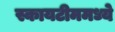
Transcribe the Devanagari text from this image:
स्कायटीममध्ये